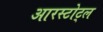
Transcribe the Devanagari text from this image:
आरस्टोट्ल